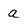
Character: a